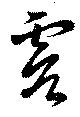
虞